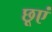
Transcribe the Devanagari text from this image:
छूएं